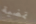
تمضية